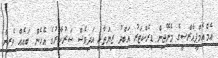
އެމްއެމްޕީއާރްސީގެ މެނޭޖިން ޑިރެކްޓަރު އަބްދު ޒިޔަތާއި އަދިވެސް ސަރުކާރުގެ އެހެން ބައެއް ވެރިން